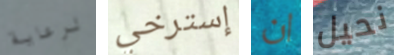
لرعاية إسترخي ان نحيل